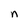
Character: n